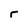
Character: r